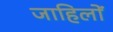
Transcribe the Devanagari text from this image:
जाहिलों